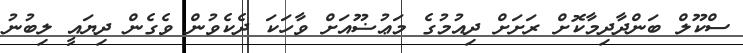
ސްކޫލް ބަންދާދިމާކޮށް ރަށަށް ދިއުމުގެ މަޢުޟޫއަށް ވާހަކަ ދެކެވުން ވެގެން ދިޔައީ ލިބުނު